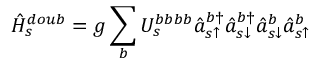
\hat { H } _ { s } ^ { d o u b } = g \sum _ { b } U _ { s } ^ { b b b b } \hat { a } _ { s \uparrow } ^ { b \dagger } \hat { a } _ { s \downarrow } ^ { b \dagger } \hat { a } _ { s \downarrow } ^ { b } \hat { a } _ { s \uparrow } ^ { b }